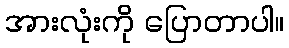
အားလုံးကို ပြောတာပါ။